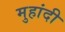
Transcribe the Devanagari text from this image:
मुहांदी